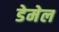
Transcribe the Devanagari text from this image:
डेमेल